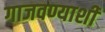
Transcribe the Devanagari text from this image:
गाजवण्याशी